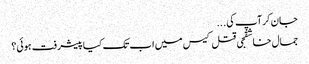
جان کرآپ کی ...
جمال خاشقجی قتل کیس میں اب تک کیا پیشرفت ہوئی؟